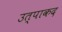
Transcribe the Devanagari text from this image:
उत्पाकद